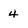
Character: 4